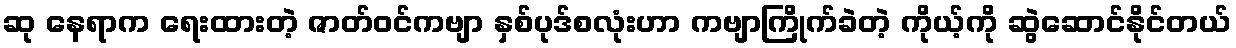
ဆု နေရာက ရေးထားတဲ့ ဇာတ်ဝင်ကဗျာ နှစ်ပုဒ်စလုံးဟာ ကဗျာကြိုက်ခဲတဲ့ ကိုယ့်ကို ဆွဲဆောင်နိုင်တယ်